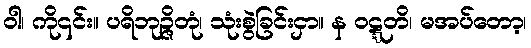
ဝါ၊ ကို၎င်း။ ပရိဘုဉ္ဇိတုံ၊ သုံးစွဲခြင်းငှာ။ န ဝဋ္ဋတိ၊ မအပ်တော့၊